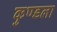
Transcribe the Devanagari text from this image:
कुण्डला